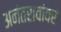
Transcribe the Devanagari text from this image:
अनंतरावांवर